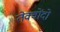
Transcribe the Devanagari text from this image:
तेक्वोंदो